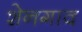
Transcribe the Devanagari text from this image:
शेनगाव